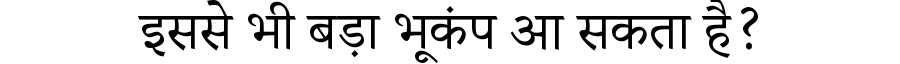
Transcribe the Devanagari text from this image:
इससे भी बड़ा भूकंप आ सकता है?